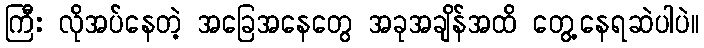
ကြီး လိုအပ်နေတဲ့ အခြေအနေတွေ အခုအချိန်အထိ တွေ့နေရဆဲပါပဲ။